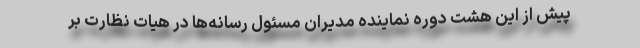
پیش از این هشت دوره نماینده مدیران مسئول رسانه‌ها در هیات نظارت بر